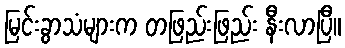
မြင်းခွာသံများက တဖြည်းဖြည်း နီးလာပြီ။